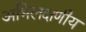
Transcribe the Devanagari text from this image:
अभिलक्षणीय